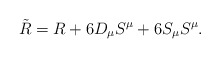
\begin{align*}\tilde{R} = R + 6 D_\mu S^\mu + 6 S_\mu S^\mu .\end{align*}